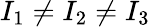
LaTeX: I_{1}\ne I_{2}\ne I_{3}